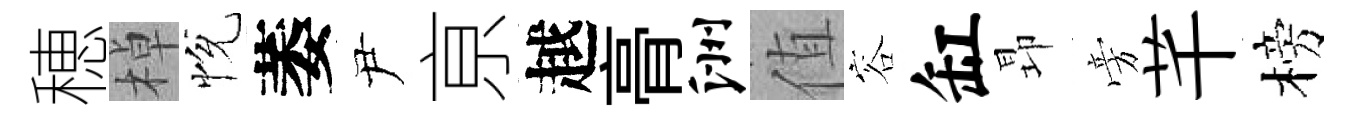
穂棹恱萎尹亰越𮌔洲值容缸昻旁芊榜